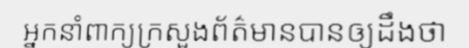
អ្នកនាំពាក្យក្រសួងព័ត៌មានបានឲ្យដឹងថា